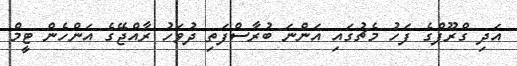
އަދި ގްރޫޕްގެ ފަހު މެޗުގައި އަންނަ ބުރާސްފަތި ދުވަހު ރާއްޖޭގެ އަންހެން ޓީމް